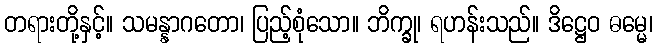
တရားတို့နှင့်။ သမန္နာဂတော၊ ပြည့်စုံသော။ ဘိက္ခု၊ ရဟန်းသည်။ ဒိဋ္ဌေဝ ဓမ္မေ၊